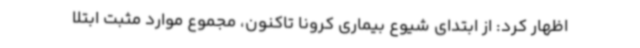
اظهار کرد: از ابتدای شیوع بیماری کرونا تاکنون، مجموع موارد مثبت ابتلا